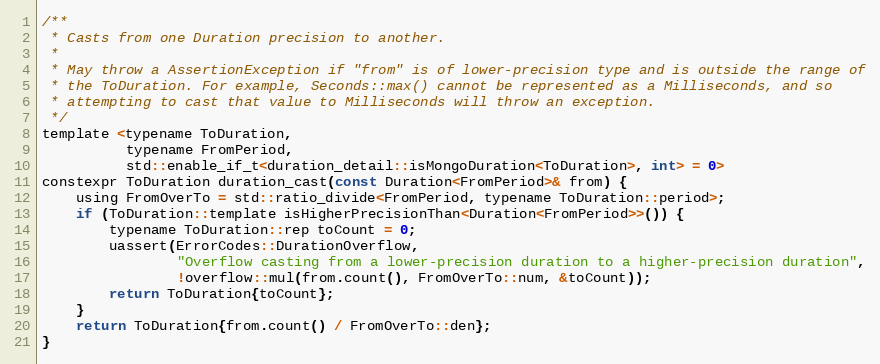
Language: C
/**
 * Casts from one Duration precision to another.
 *
 * May throw a AssertionException if "from" is of lower-precision type and is outside the range of
 * the ToDuration. For example, Seconds::max() cannot be represented as a Milliseconds, and so
 * attempting to cast that value to Milliseconds will throw an exception.
 */
template <typename ToDuration,
          typename FromPeriod,
          std::enable_if_t<duration_detail::isMongoDuration<ToDuration>, int> = 0>
constexpr ToDuration duration_cast(const Duration<FromPeriod>& from) {
    using FromOverTo = std::ratio_divide<FromPeriod, typename ToDuration::period>;
    if (ToDuration::template isHigherPrecisionThan<Duration<FromPeriod>>()) {
        typename ToDuration::rep toCount = 0;
        uassert(ErrorCodes::DurationOverflow,
                "Overflow casting from a lower-precision duration to a higher-precision duration",
                !overflow::mul(from.count(), FromOverTo::num, &toCount));
        return ToDuration{toCount};
    }
    return ToDuration{from.count() / FromOverTo::den};
}